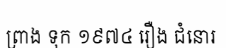
ព្រាង ទុក ១៩៧៤ រឿង ជំនោរ